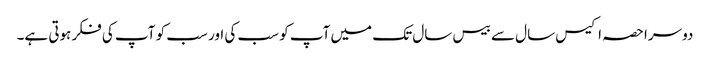
دوسرا حصہ اکیس سال سے بیس سال تک میں آپ کو سب کی اور سب کو آپ کی فکر ہوتی ہے۔